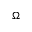
\Omega